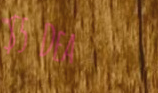
$5 Deal